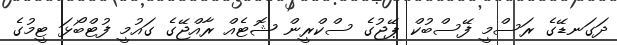
ދަގަނޑޭގެ ރަސްމީ ފޭސްބުކް ޕޭޖުގެ ސްކްރީން ޝޮޓެއް ރާއްޖޭގެ ގައުމީ ފުޓްބޯޅަ ޓީމުގެ